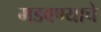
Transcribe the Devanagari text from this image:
मडवण्याचे